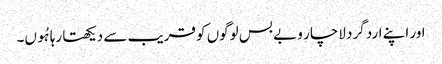
اور اپنے ارد گرد لاچار و بے بس لوگوں کو قریب سے دیکھتا رہا ہُوں۔